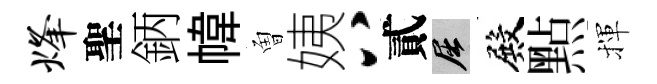
烽聖鈵幃曽姨八貳屈殿㸃揮